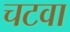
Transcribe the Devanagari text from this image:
चटवा